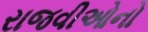
રાજવીઓનો